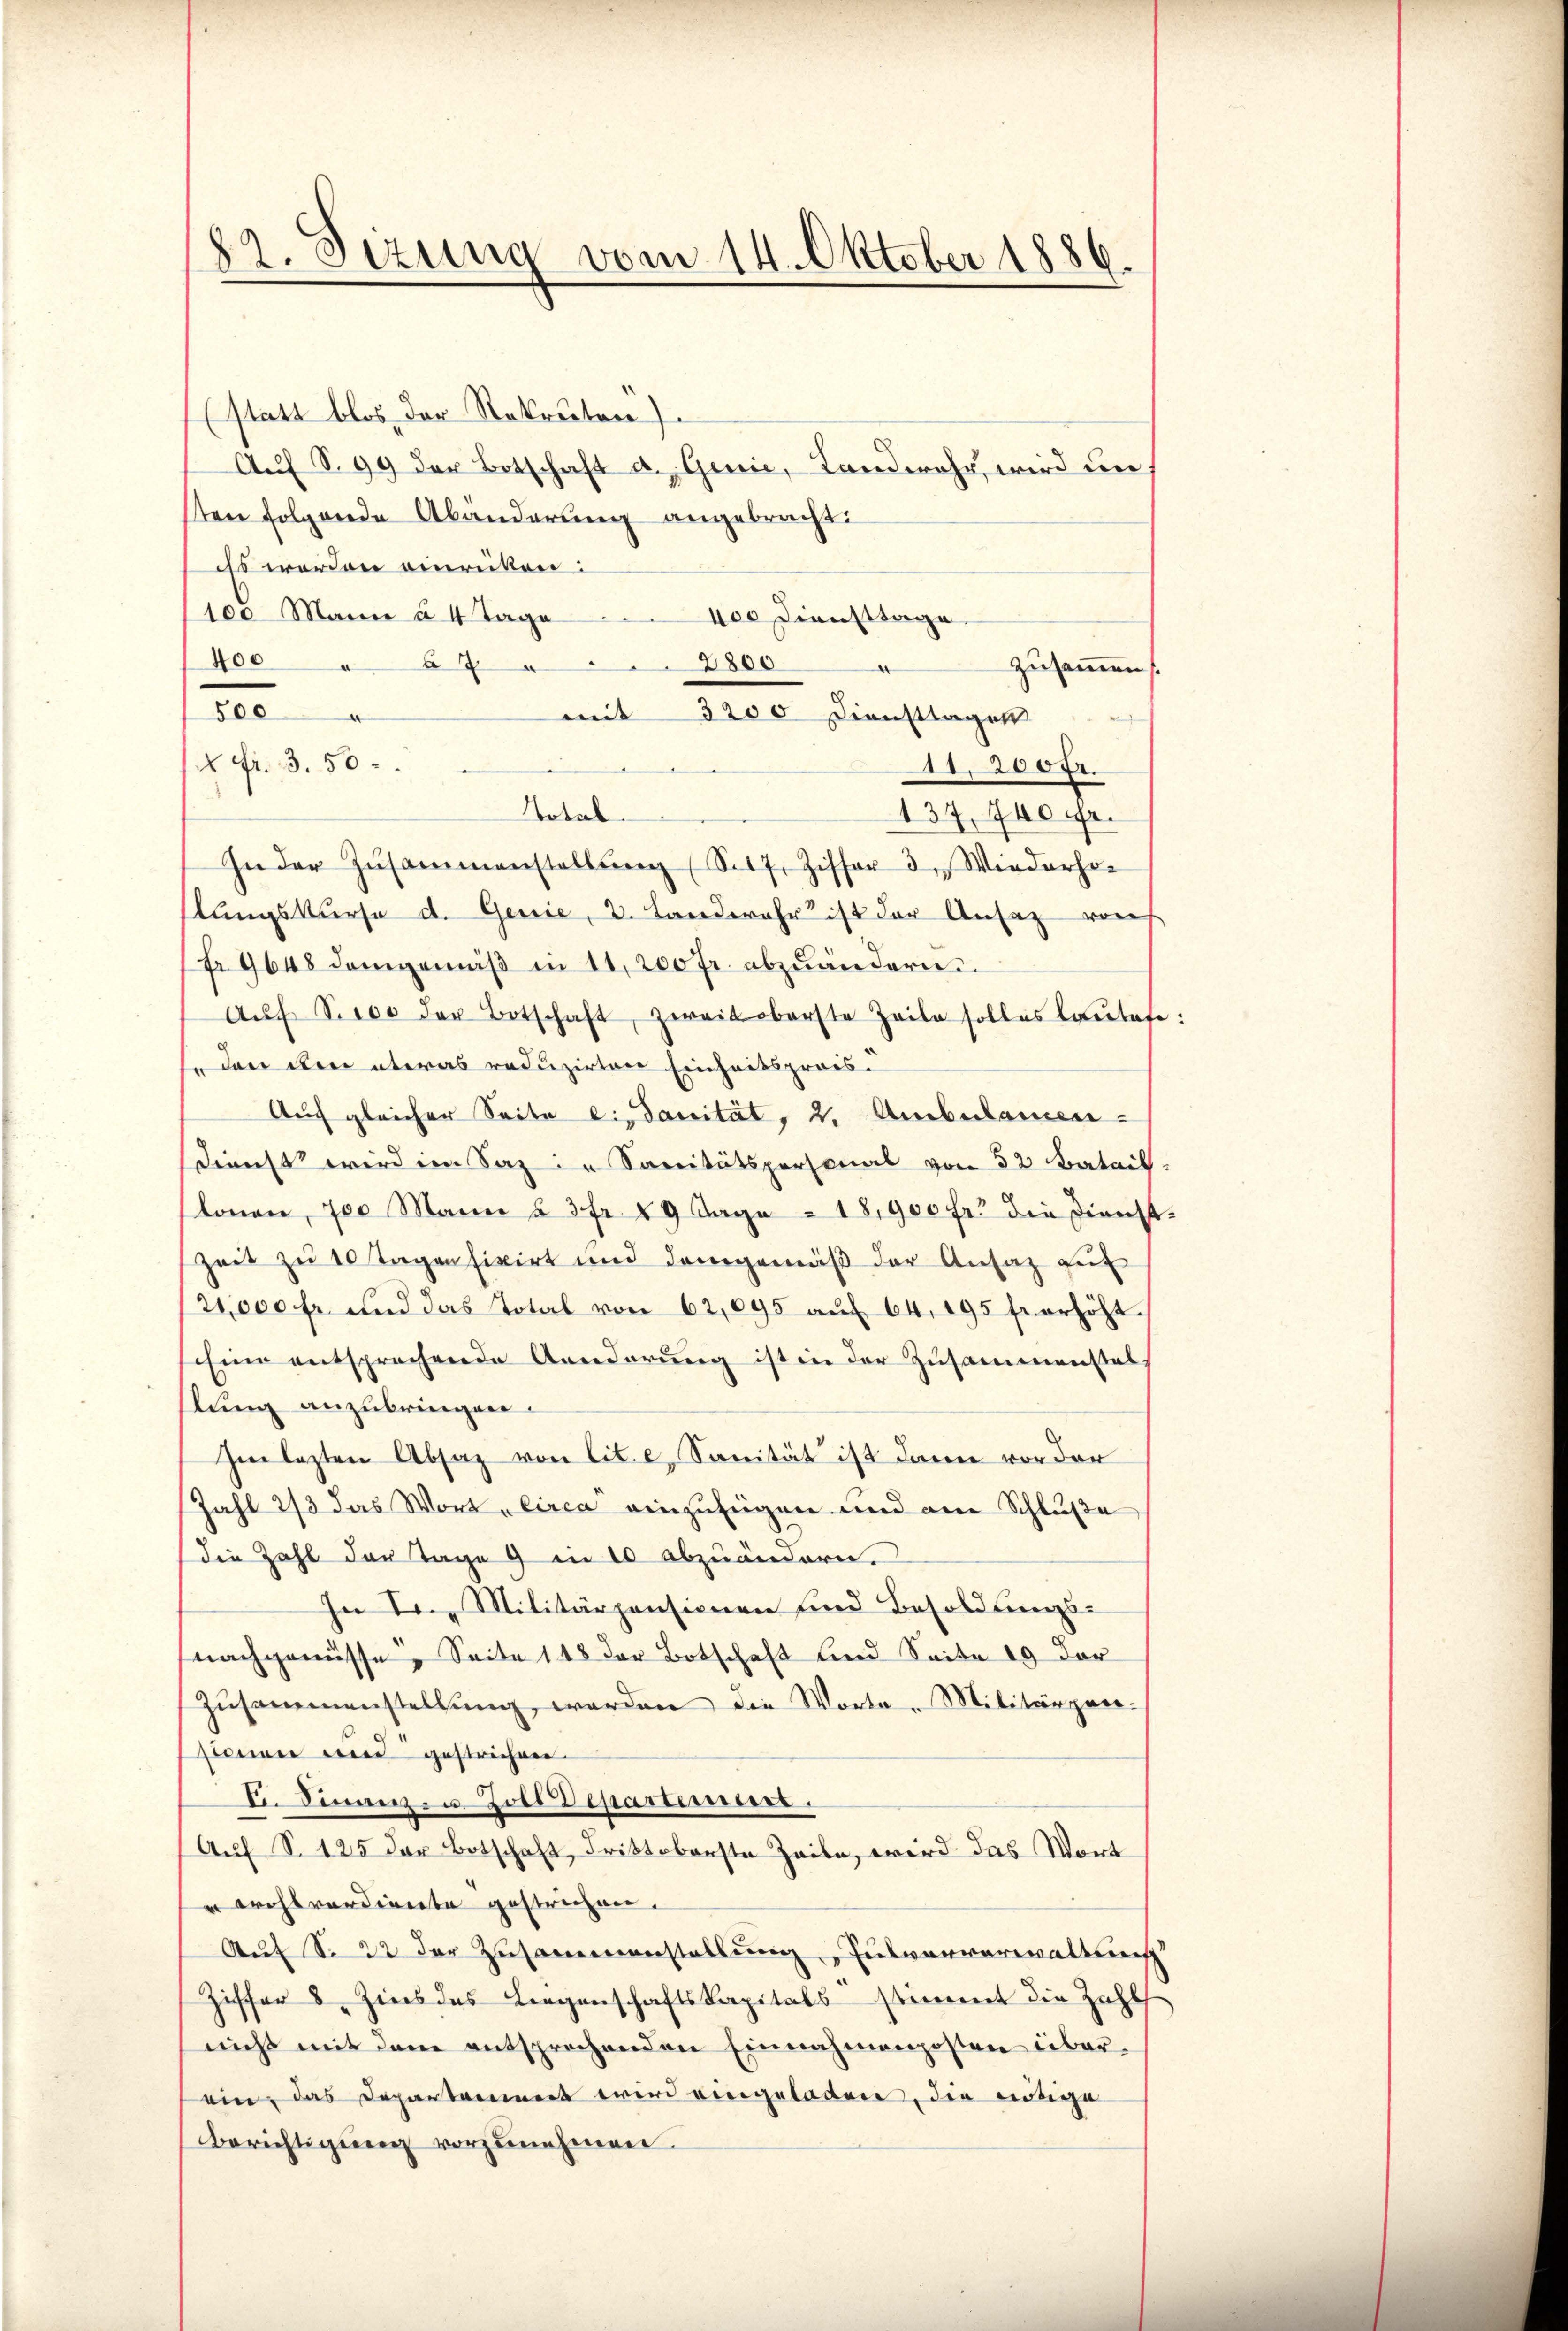
82. Dizung vom 14. Oktober 1886.

(statt blos der Rekruten)
Aŭf S. 99 der Botschaft d. Genie, Landwehr, wird un
sten folgende Abänderung angebracht:
iss worden einrücken:
100 Mann à 4 Tage
400 Diensttage.
2800
400 " 67 "
zusammen.
500
mit 3200 Diensttagen
2 Fr. 3. 50.
11. 200fr.
137, 740 fr.
In der Zŭsammenstellŭng (S. 17, Ziffer 3. Wiederho-
lŭngskurse d. Genie, 2. Landwehr ist der Ansatz von
Fr. 9648 demgemäβ in 11,200 fr. abzuändern
Aŭf S. 100 der Botschaft, zweit oberste Zeile solles lautete:
fe den den etwas reduzirten Einheitsprois-
Auf gleicher Seite ein Sanität, 2. Ambulamen-
Dienst wird im Saz in Sanitätspersonal von 52 Batail.
lonen, 700 Mann § 3 fr 29 Tage - 18900 Fr. die Dienst-
Zeit zu 10 Tagen fixirt und demgemäß der Ansatz aus
21,000 fr. und das Total von 62,095 aŭf 64. 195 fr. erhöht
Eine entsprechende Aenderung ist in der Zusammenstal
lung anzubringen.
hm lezten Absaz von lit. c, Sanität ist dann vor der
Zahl 2/3 das Wort „Circa einzufügen und am Schluße
die Zahl der Tage 9 in 20 abzuändern.
In der Militärpensionen sind Besoldungsnachgenüsse. Seite 148 der Botschaft und Seite 19 der
Zŭsammenstellŭng werden die Worte. Militärper-
stamen wird gestrichen.
V. Finanza Zoer Departement.
Auf S. 125 der Botschaft drittoberste Zeile, wird das Wort
rchtordiente gestrichen.
Aŭf S. 22 der Zusammenstellung Iusvorverwaltung
Ziffer 8. Zins des Liegenschaftskapitals stimmt die Zahl
nicht mit dem entsprechenden Einnahmenposten überein, das Departamiert wird eingeladen, die nötige
Berichtigŭng vorzunehmen.

Total